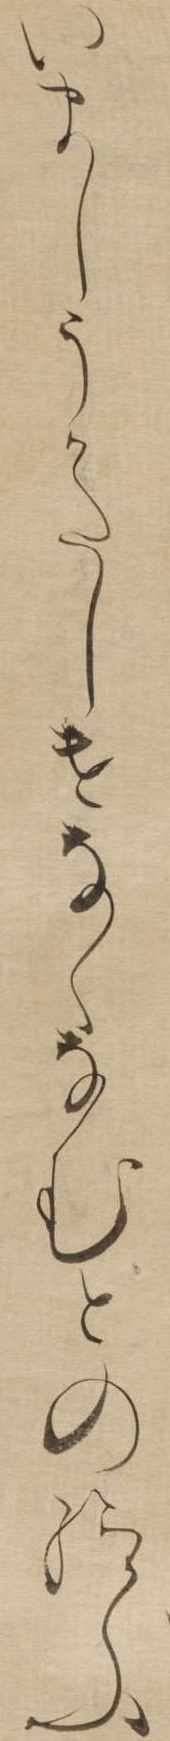
いましうかたしけなくなむとの給ふ